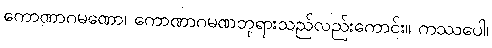
ကောဏာဂမဏော၊ ကောဏာဂမဏဘုရားသည်လည်းကောင်း။ ကဿပေါ၊